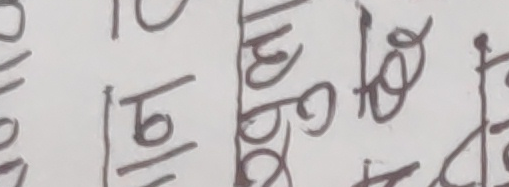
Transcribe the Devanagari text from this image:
जब्बर